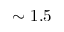
\sim 1 . 5